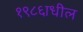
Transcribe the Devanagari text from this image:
१९८६ाधील